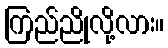
ကြည်ညိုလို့လား။